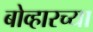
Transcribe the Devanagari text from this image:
बोव्हारच्या